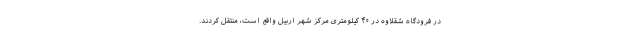
در فرودگاه شقلاوه در ۴۰ کیلومتری مرکز شهر اربیل واقع است، منتقل کردند.